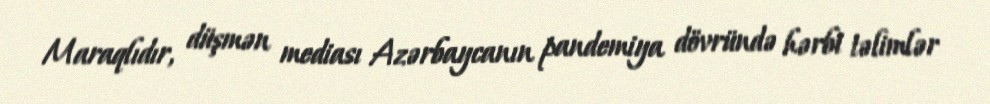
Maraqlıdır, düşmən mediası Azərbaycanın pandemiya dövründə hərbi təlimlər